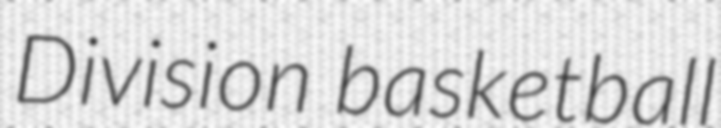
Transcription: Division basketball